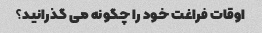
اوقات فراغت خود را چگونه می گذرانید؟